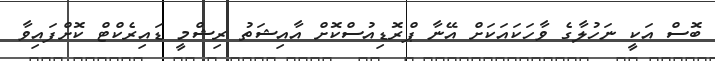
ބޮސް އަކީ ނަހުލާގެ ވާހަކައަކަށް އޭނާ ޕްރޮޑިއުސްކޮށް އާއިޝަތު ރިޝްމީ ޑައިރެކްޓް ކޮށްފައިވާ